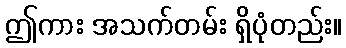
ဤကား အသက်တမ်း ရှိပုံတည်း။